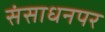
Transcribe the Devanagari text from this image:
संसाधनपर